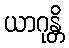
ယာဂုန္တိ